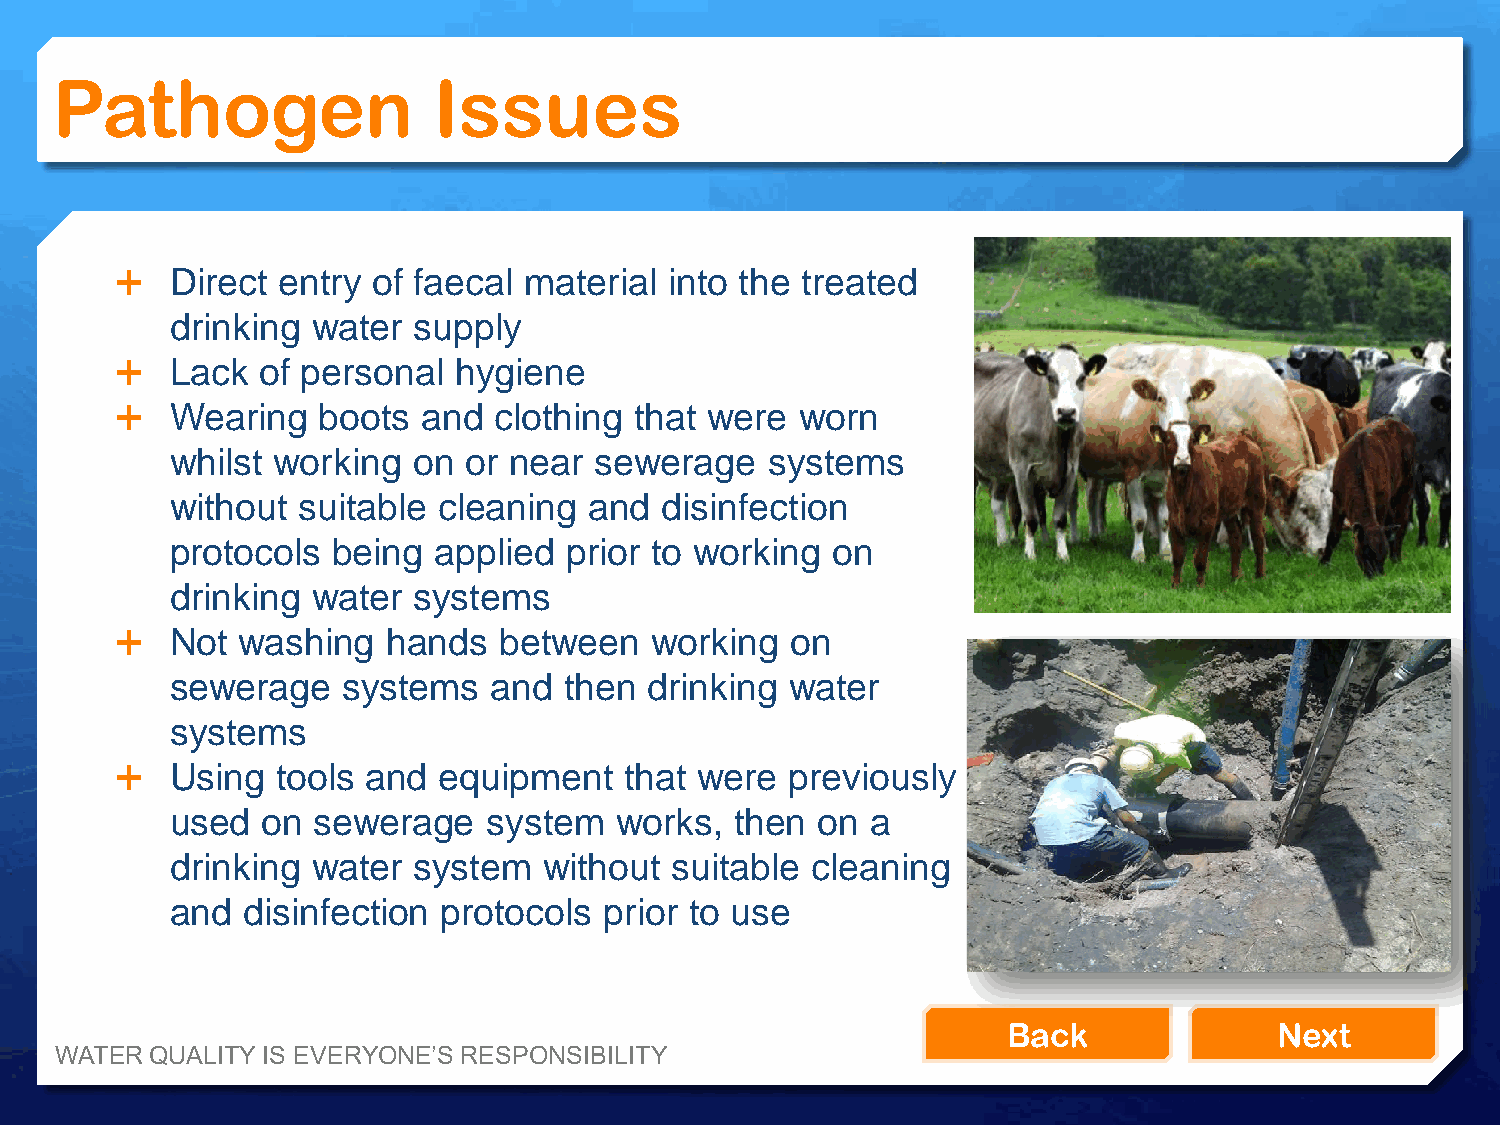
Pathogen                  Issues
   Direct entry  of faecal material into the treated
 drinking  water supply
   Lack  of personal  hygiene
   Wearing   boots  and  clothing that were  worn
 whilst working  on  or near sewerage    systems
 without  suitable cleaning  and  disinfection
 protocols  being  applied prior to working  on
 drinking  water systems
   Not  washing   hands  between   working  on
 sewerage    systems  and  then  drinking water
 systems
   Using  tools and  equipment   that were  previously
 used  on  sewerage   system   works,  then on  a
 drinking  water system   without suitable  cleaning
 and  disinfection protocols  prior to use
 Back              Next
 WATER QUALITY IS EVERYONE’S RESPONSIBILITY